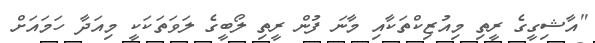
"އާޝިގީގެ ރީތި މިއުޒިކްތަކާއި މާނަ ފުން ރީތި ލޯބީގެ ލަވަތަކަކީ މިއަދާ ހަމައަށް